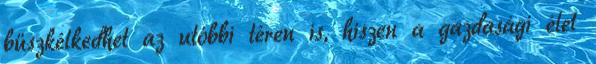
büszkélkedhet az utóbbi téren is, hiszen a gazdasági élet